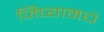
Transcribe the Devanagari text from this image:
जिच्यामधे